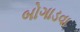
બોગાડવા